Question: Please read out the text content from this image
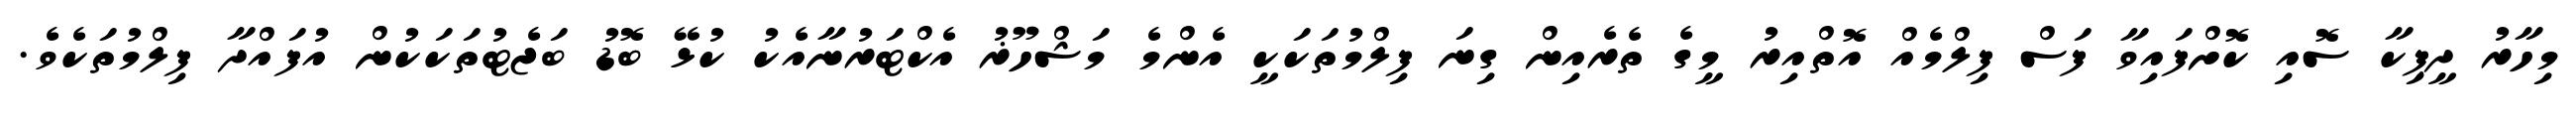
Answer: މިހާރު ދީޕިކާ ސޮއި ކޮށްފައިވާ ފަސް ފިލްމެއް އޮތްއިރު މީގެ ތެރެއިން ގިނަ ފިލްމުތަކަކީ އެންމެ މަޝްހޫޜު އެކްޓަރުނާއެކު ކުޅޭ ބޮޑު ބަޖެޓުތަކަކުން އުފައްދާ ފިލްމުތަކެވެ.